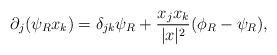
LaTeX: \begin{align*}\partial_j(\psi_R x_k) = \delta_{jk}\psi_R +\frac{x_jx_k}{|x|^2} (\phi_R-\psi_R),\end{align*}